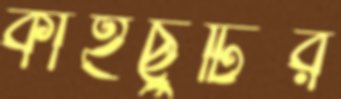
কাইছুটির